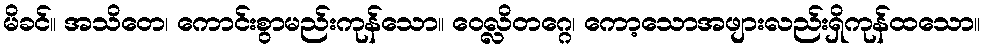
မိခင်။ အသိတေ၊ ကောင်းစွာမည်းကုန်သော။ ဝေလ္လိတဂ္ဂေ၊ ကော့သောအဖျားလည်းရှိကုန်ထသော။